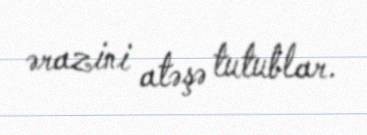
ərazini atəşə tutublar.